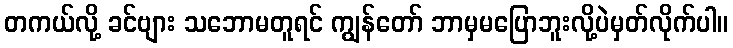
တကယ်လို့ ခင်ဗျား သဘောမတူရင် ကျွန်တော် ဘာမှမပြောဘူးလို့ပဲမှတ်လိုက်ပါ။